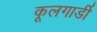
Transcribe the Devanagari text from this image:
कूलगार्डी